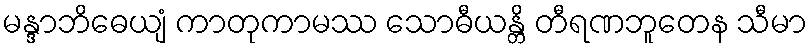
မန္ဒာဘိဓေယျံ ကာတုကာမဿ သောဓီယန္တိ တီရဏဘူတေန သီမာ